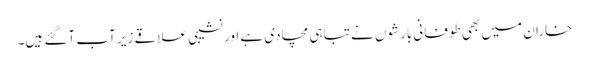
خاران میں بھی طوفانی بارشوں نے تباہی مچادی ہے اور نشیبی علاقے زیر آب آگئے ہیں۔